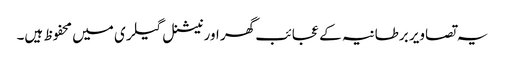
یہ تصاویر برطانیہ کے عجائب گھر اور نیشنل گیلری میں محفوظ ہیں۔